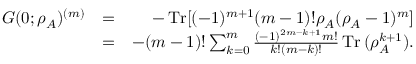
\begin{array} { r l r } { G ( 0 ; \rho _ { A } ) ^ { ( m ) } } & { = } & { - \operatorname { T r } [ ( - 1 ) ^ { m + 1 } ( m - 1 ) ! \rho _ { A } ( \rho _ { A } - 1 ) ^ { m } ] } \\ & { = } & { - ( m - 1 ) ! \sum _ { k = 0 } ^ { m } \frac { ( - 1 ) ^ { 2 m - k + 1 } m ! } { k ! ( m - k ) ! } \operatorname { T r } { ( \rho _ { A } ^ { k + 1 } ) } . } \end{array}